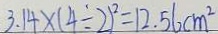
3 . 1 4 \times ( 4 \div 2 ) ^ { 2 } = 1 2 . 5 6 c m ^ { 2 }